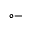
\circ -